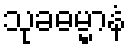
သုခဓမ္မာနံ